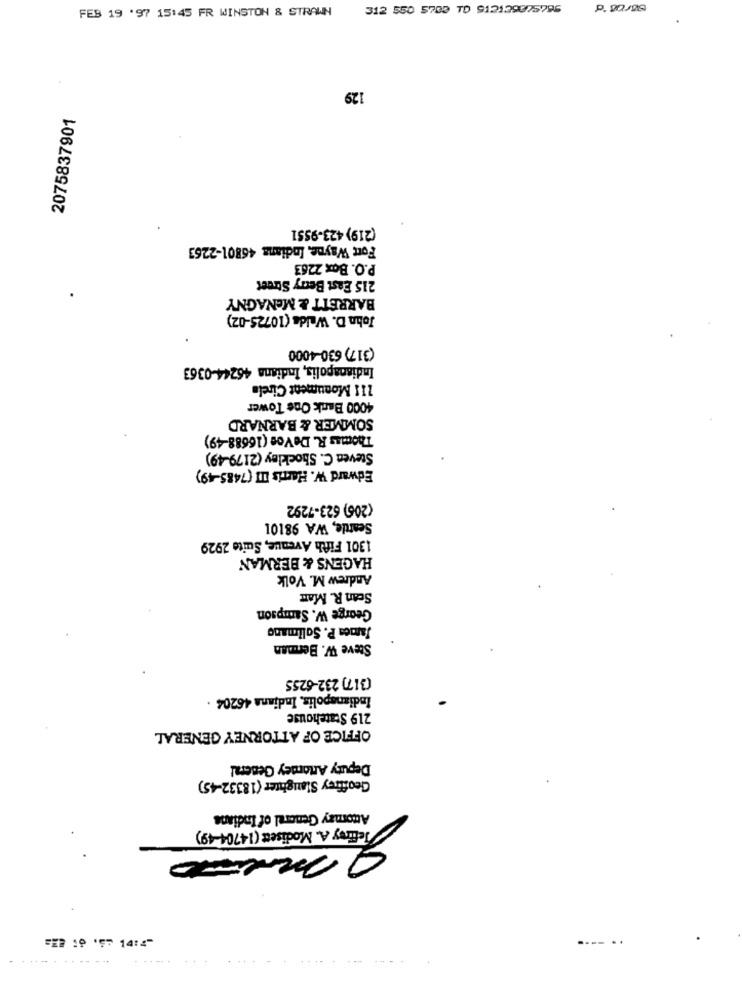
FEB 19 '97 15:45 FR WINSTON & STRAWN
129
2075837901
(219) 423-9551
Fort Wayne, Indians 46801-2253
P.O. Box 2263
215 East Berry Street
BARRETT & MENAGNY
John D. Walda (10725-02)
(317) 630-4000
Indianapolis, Indiana 46244-0363
111 Monument Cirela
4000 Bank One Tower
SOMMER & BARNARD
Thomas R. De Voe (16688-49)
Steven C. Shockley (2179-49)
Edward W. Harris III (7485-49)
(206) 623-7292
Seattle, WA 98101
1301 Fifth Avenue, Suite 2929
HAGENS & BERMAN
Andrew M. Volk
Scan R. Man
George W. Sampson
James P. Salimang
Steve W. Berman
(317) 232-6255
Indianapolis, Indiana 46204 .
219 Statehouse
OFFICE OF ATTORNEY GENERAL
Deputy Attomey General
Geoffrey Slaughter (18332-45)
Attomay General of Indians
Jeffrey A. Modisett (14704-49)